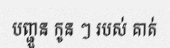
បញ្ជួន កូន ៗ របស់ គាត់